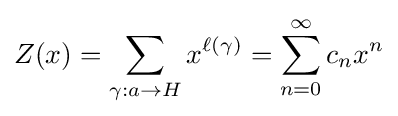
Z(x)=\sum _{\gamma :a\to H}x^{\ell (\gamma )}=\sum _{n=0}^{\infty }c_{n}x^{n}